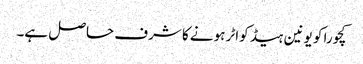
کچورا کو یونین ہیڈ کواٹر ہونے کا شرف حاصل ہے۔